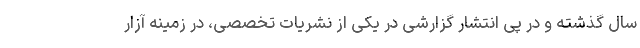
سال گذشته و در پی انتشار گزارشی در یکی از نشریات تخصصی، در زمینه آزار